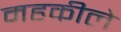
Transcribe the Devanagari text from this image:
महकीले